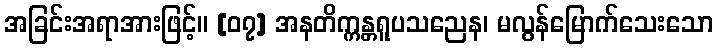
အခြင်းအရာအားဖြင့်။ [၀၇] အနတိက္ကန္တရူပသညေန၊ မလွန်မြောက်သေးသော